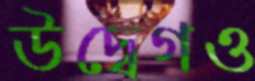
উদ্বেগও